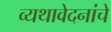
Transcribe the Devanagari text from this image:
व्यथावेदनांचे